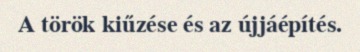
A török kiűzése és az újjáépítés.